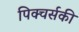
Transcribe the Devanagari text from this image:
पिक्चर्सकी